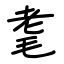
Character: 耄